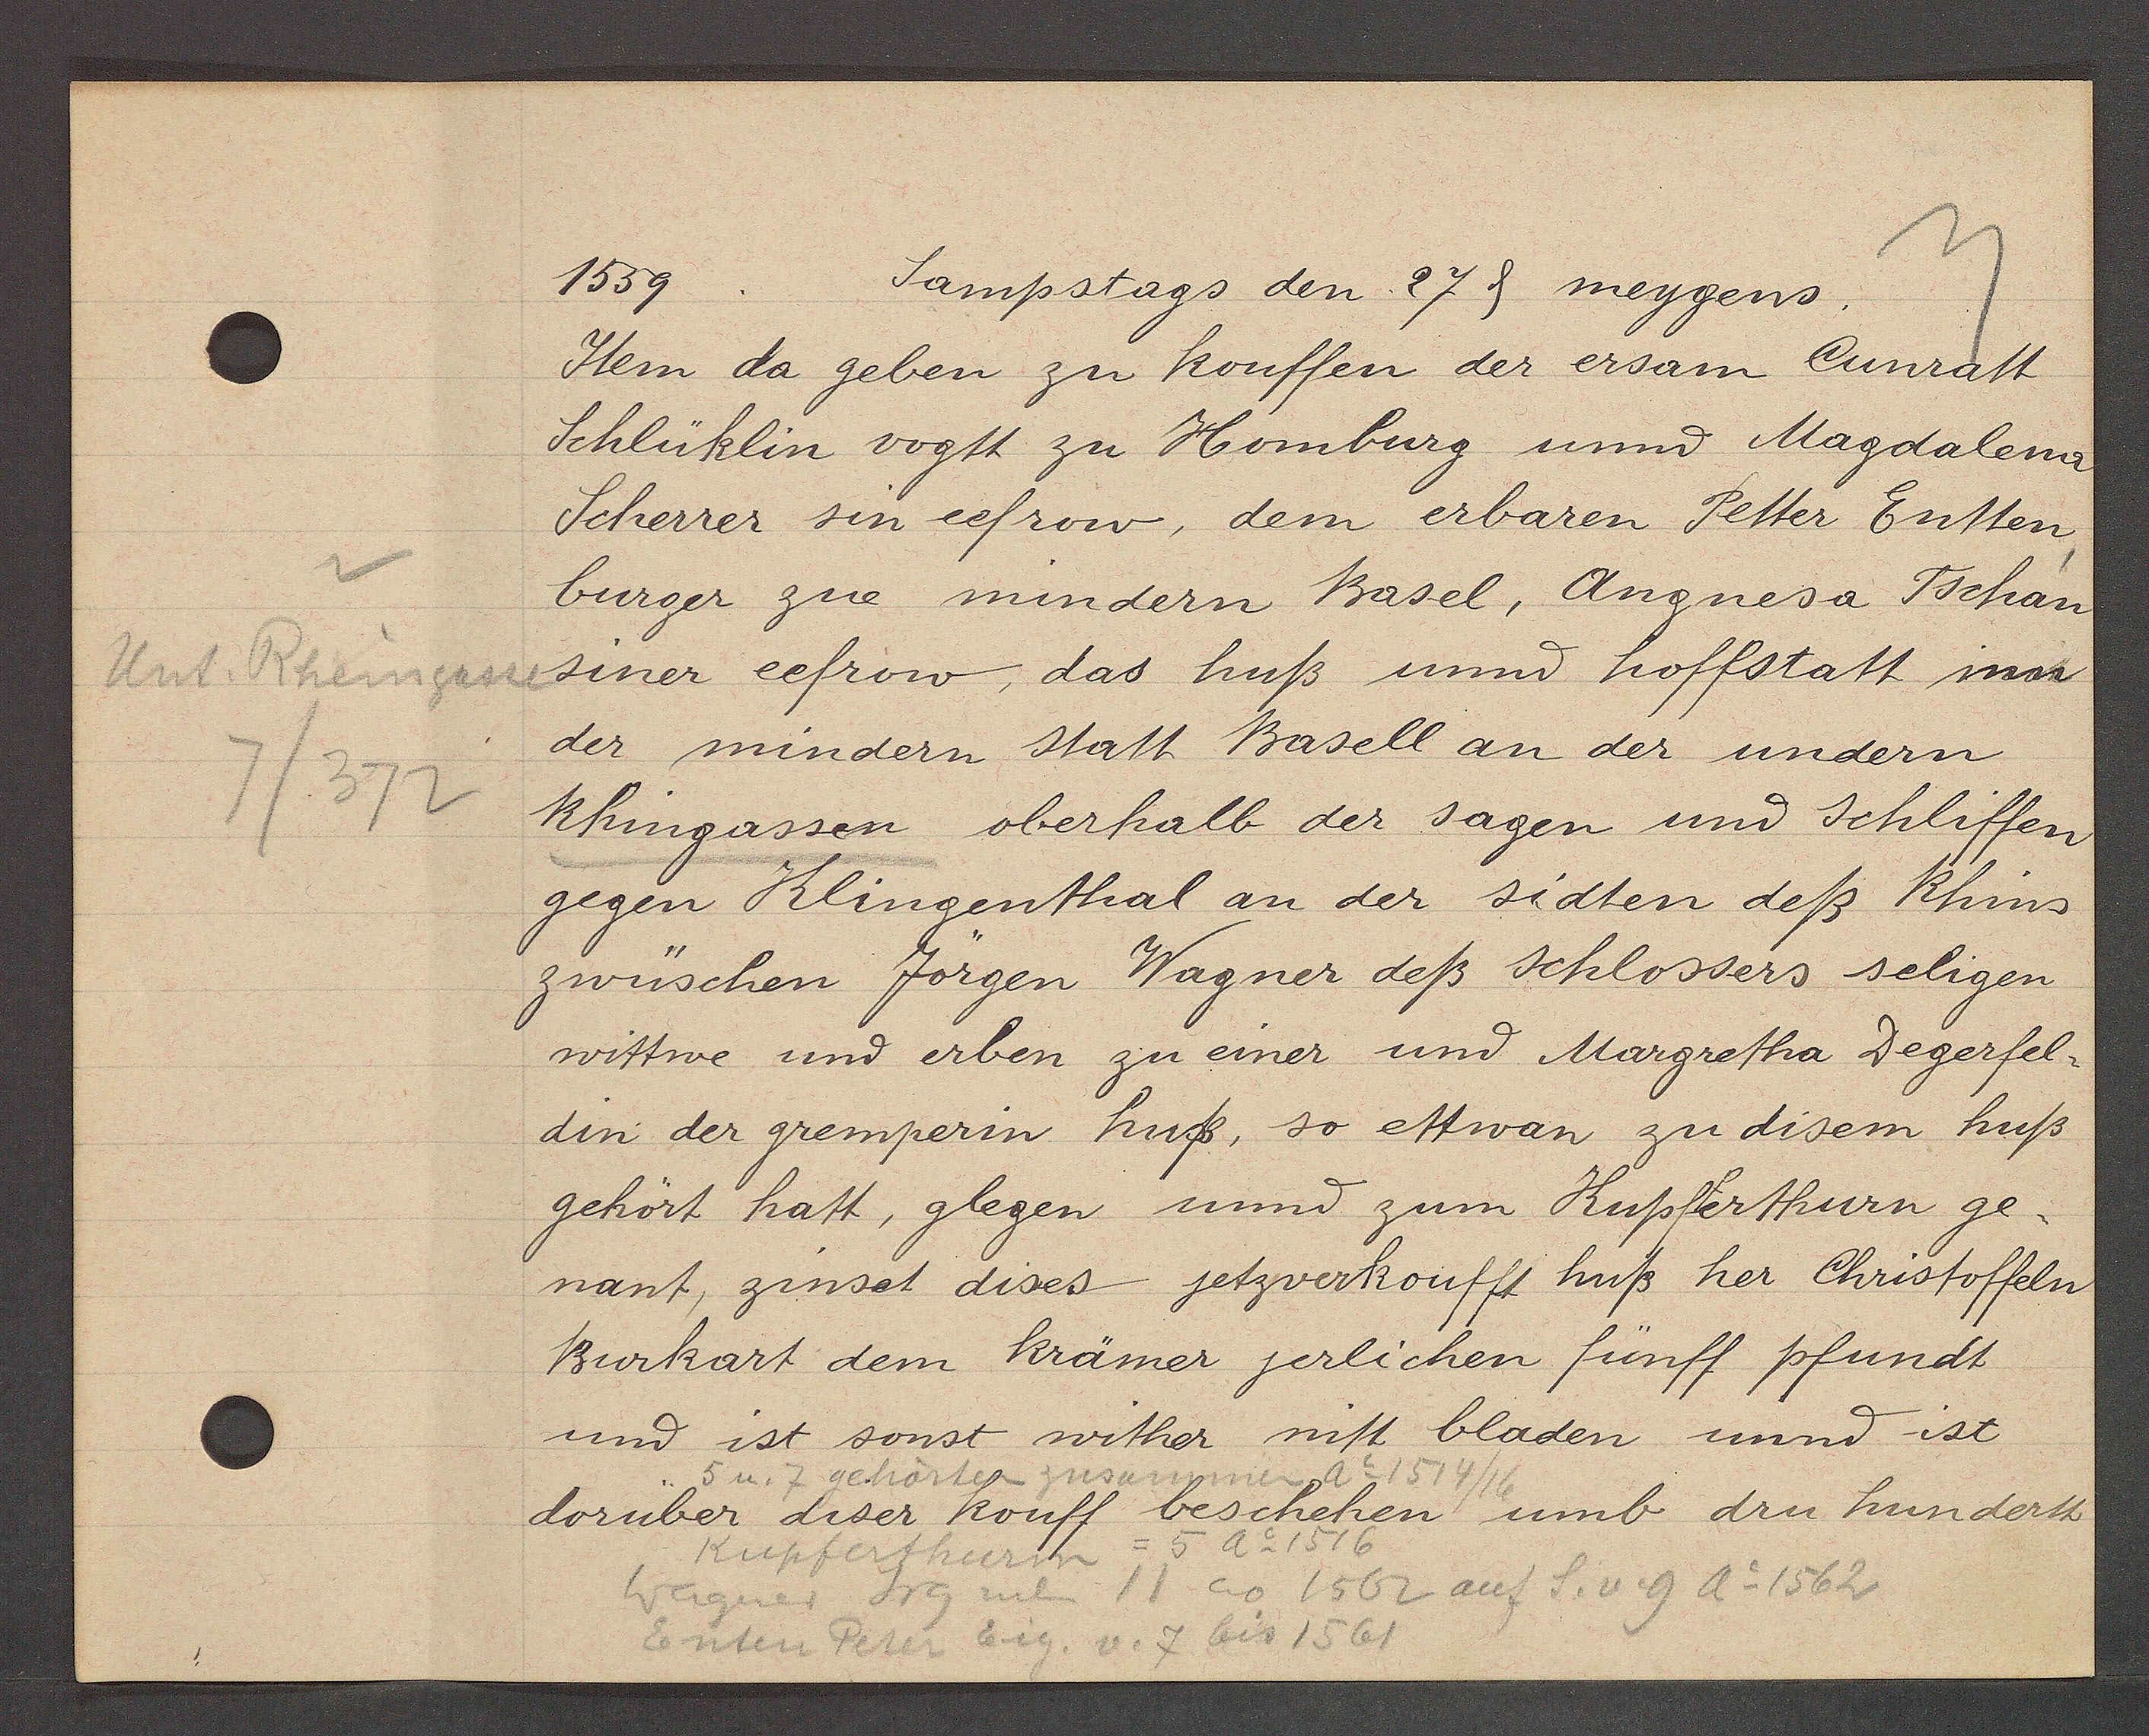
Transcript:
v
Rheingasse
Unt
7/372

1559
Sampstags den 27 s meygens.

Item da geben zu kouffen der ersam Cunratt
Schlüklin vogtt zu Homburg und Magdalena
Scherrer sin eefrow, dem erbaren Petter Entten
burger zue mindern Basel, Angnesa Tschan
siner eefrow, das huß und hoffstatt inn
der mindern statt Basell an der undern
Rhingassen oberhalb der sagen und schliffen
gegen Klingenthal an der sidten deß Rhins
zwüschen Jörgen Wagner deß schlossers seligen
wittwe und erben zu einer und Margretha Degerfel¬
din der gremperin huß, so ettwan zu disem huß
gehört hatt, glegen unnd zum Kupferthurn ge-
nant, zinset dises jetzverkoufft huß her Christoffeln
Burkart dem krämer jerlichen fünff pfundt
und ist sonst wither mit bladen unnd ist
dorüber diser kouff beschehen umb dru hundertt

5 u. 7 gehörten zusammen ao 1514/16

Kupferthurn = 5 Ao 1516
Wagner Jrg neben 11 ao 1562 auf S. v. 9 Ao 1562
Enten Peter Eig. v. 7 bis 1561